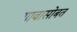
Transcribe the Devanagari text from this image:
गावासोबत